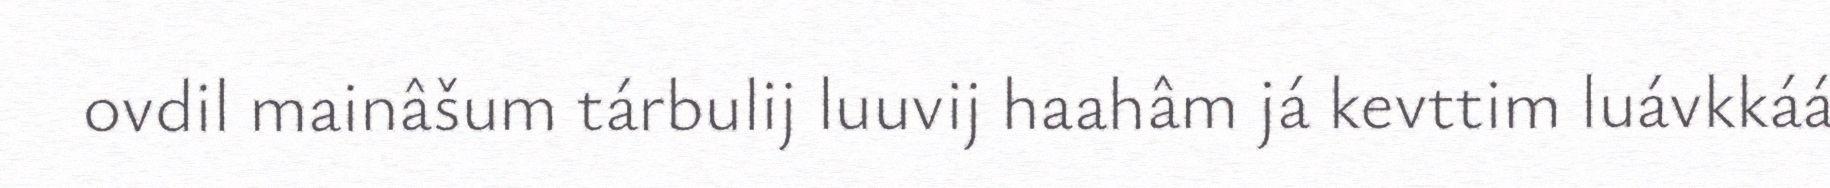
ovdil mainâšum tárbulij luuvij haahâm já kevttim luávkkáá